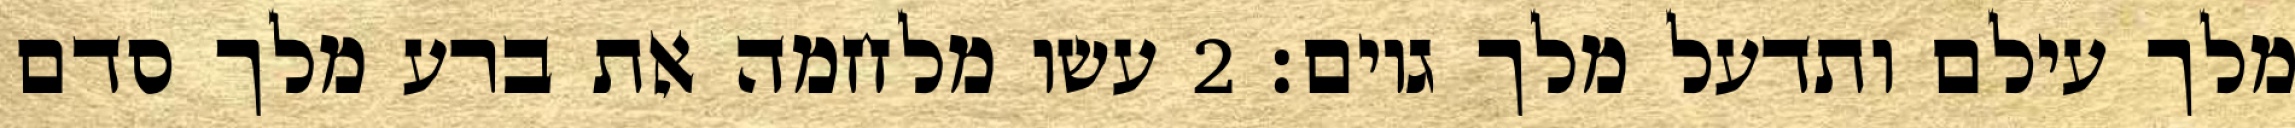
מלך עילם ותדעל מלך גוים׃ ‎2‏ עשו מלחמה את ברע מלך סדם